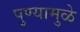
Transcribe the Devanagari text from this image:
पुण्यामुळे